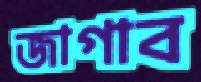
জাগাব